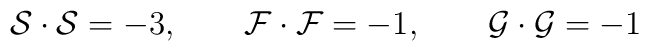
{\cal{S}} \cdot {\cal{S}}= -3,  \qquad  {\cal{F}} \cdot {\cal{F}}=-1,\qquad {\cal{G}} \cdot {\cal{G}}= -1